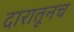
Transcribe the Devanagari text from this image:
दारातूनच